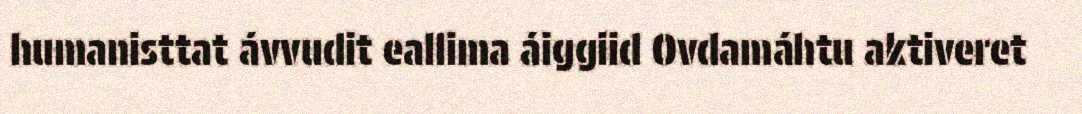
humanisttat ávvudit eallima áiggiid Ovdamáhtu aktiveret